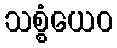
သစ္စံယေဝ